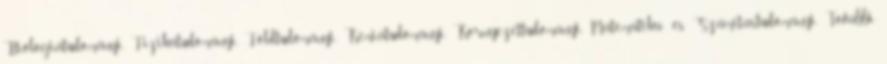
Biológiatudományi, Fizikatudományi, Földtudományi, Kémiatudományi, Környezettudományi, Matematika- és Számítástudományi. További